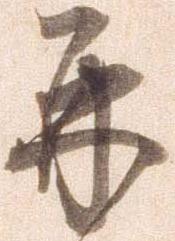
并